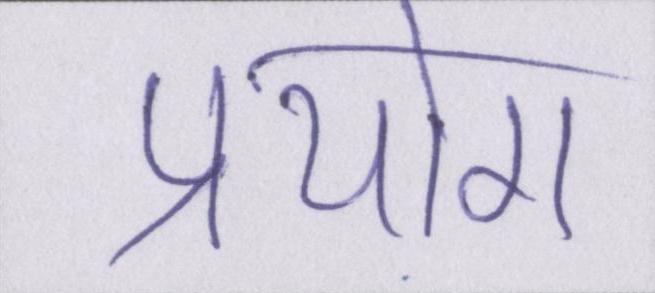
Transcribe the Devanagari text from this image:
प्रयोग